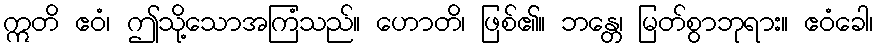
ဣတိ ဧဝံ၊ ဤသို့သောအကြံသည်။ ဟောတိ၊ ဖြစ်၏။ ဘန္တေ၊ မြတ်စွာဘုရား။ ဧဝံခေါ၊